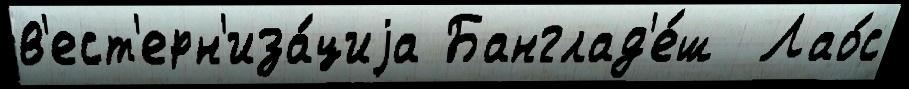
в'ест'ерн'иза́циjа Банглад'е́ш  Лао́с